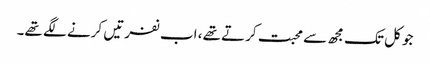
جو کل تک مجھ سے محبت کرتے تھے، اب نفرتیں کرنے لگے تھے۔